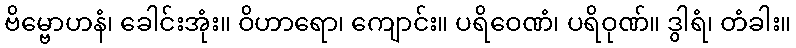
ဗိမ္ဗောဟနံ၊ ခေါင်းအုံး။ ဝိဟာရော၊ ကျောင်း။ ပရိဝေဏံ၊ ပရိဝုဏ်။ ဒွါရံ၊ တံခါး။